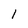
Character: l